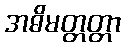
အဓိမတ္တတ္တာ